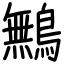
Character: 鷡